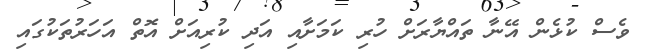
ވެސް ކުޅެން އޭނާ ތައްޔާރަށް ހުރި ކަމަށާއި އަދި ކުރިއަށް އޮތް އަހަރުތަކުގައި